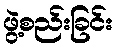
ဖွဲ့စည်းခြင်း